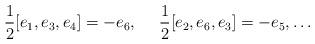
LaTeX: \begin{align*}\frac{1}{2}[e_1,e_3,e_4]=-e_6,~~~~ \frac{1}{2}[e_2,e_6,e_3]=-e_5, \ldots\end{align*}